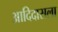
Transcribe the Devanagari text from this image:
आदिदासला